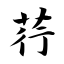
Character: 荇